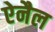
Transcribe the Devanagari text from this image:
ऐनैल